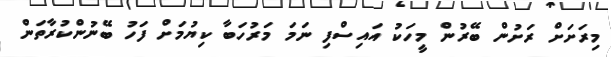
މިރަށަށް ރަށުން ބޭރުން މީހަކު އައިސްފި ނަމަ މަރުހަބާ ކިޔުމަށް ފަހު ބޭނުންކުރާތަން